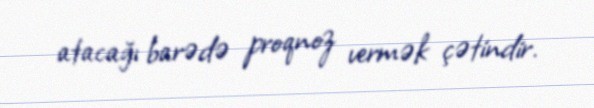
atacağı barədə proqnoz vermək çətindir.